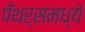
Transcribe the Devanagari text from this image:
पँथर्समध्ये